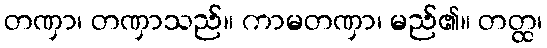
တဏှာ၊ တဏှာသည်။ ကာမတဏှာ၊ မည်၏။ တတ္ထ၊